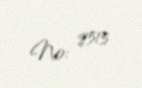
№: 8515